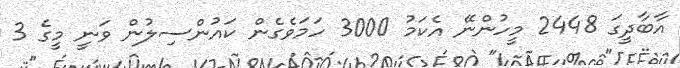
އާބާދީގަ 2448 މީހުންނޭ އެކަމު 3000 ހަަމަވެގެން ކައުންސިލުން ވަނީ މީގެ 3